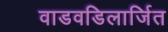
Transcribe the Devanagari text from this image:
वाडवडिलार्जित